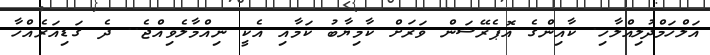
އަލްހަމްދުލިއްލާހި. ކާއިންގެ އޮޕެރޭޝަން ވަރަށް ކާމިޔާބު ކަމާއި އެކީ ނިއްމާލެވިއްޖެ.. ދެ ގަޑިއަރެއްހާ